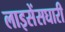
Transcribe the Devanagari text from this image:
लाइसेंसघारी